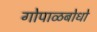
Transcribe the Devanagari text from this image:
गोपाळबोधो